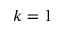
k = 1